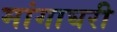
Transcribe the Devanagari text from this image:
मांगाघरी